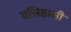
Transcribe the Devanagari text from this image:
वसिष्ठासी